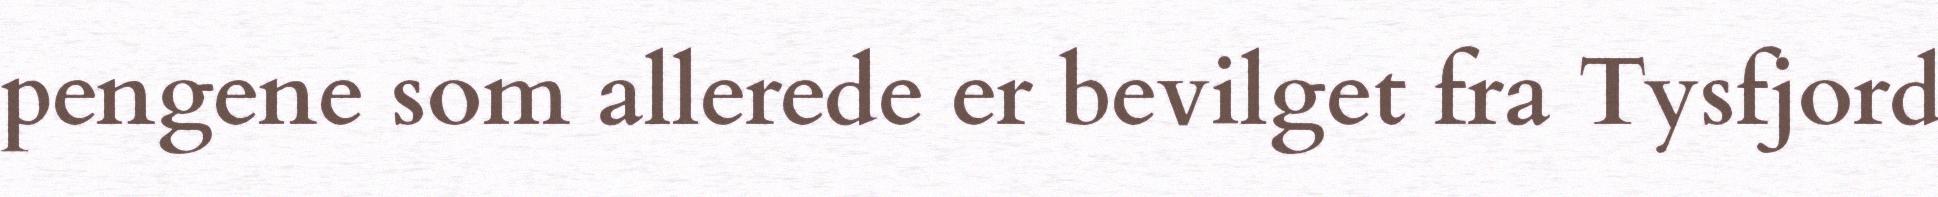
pengene som allerede er bevilget fra Tysfjord